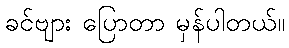
ခင်ဗျား ပြောတာ မှန်ပါတယ်။